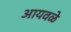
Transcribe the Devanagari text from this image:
आयवळे